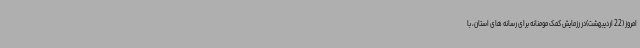
امروز (22 اردیبهشت)در رزمایش کمک مومنانه برای رسانه های استان، با